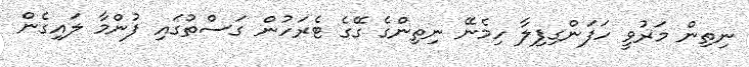
ނިތިން މަރުވީ ހަފަންގިފިލާ ހިމެނޭ ނިތިންގެ ގޭގެ ޓެރަހުން ގަސްތުގައި ފުންމާ ލައިގެން